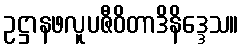
ဥဋ္ဌာနဖလူပဇီဝိတာဒိနိဒ္ဒေသ။